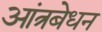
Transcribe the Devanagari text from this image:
आंत्रबेधन